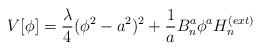
\begin{align*}V[\phi] = \frac {\lambda}{4} (\phi ^2 - a^2)^2 + \frac{1}{a} B_{n}^a \phi ^a H_n^{(ext)}\end{align*}